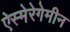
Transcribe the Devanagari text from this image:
ऐस्मेरेगेमीन